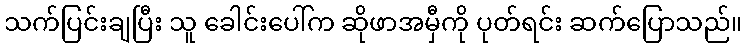
သက်ပြင်းချပြီး သူ ခေါင်းပေါ်က ဆိုဖာအမှီကို ပုတ်ရင်း ဆက်ပြောသည်။